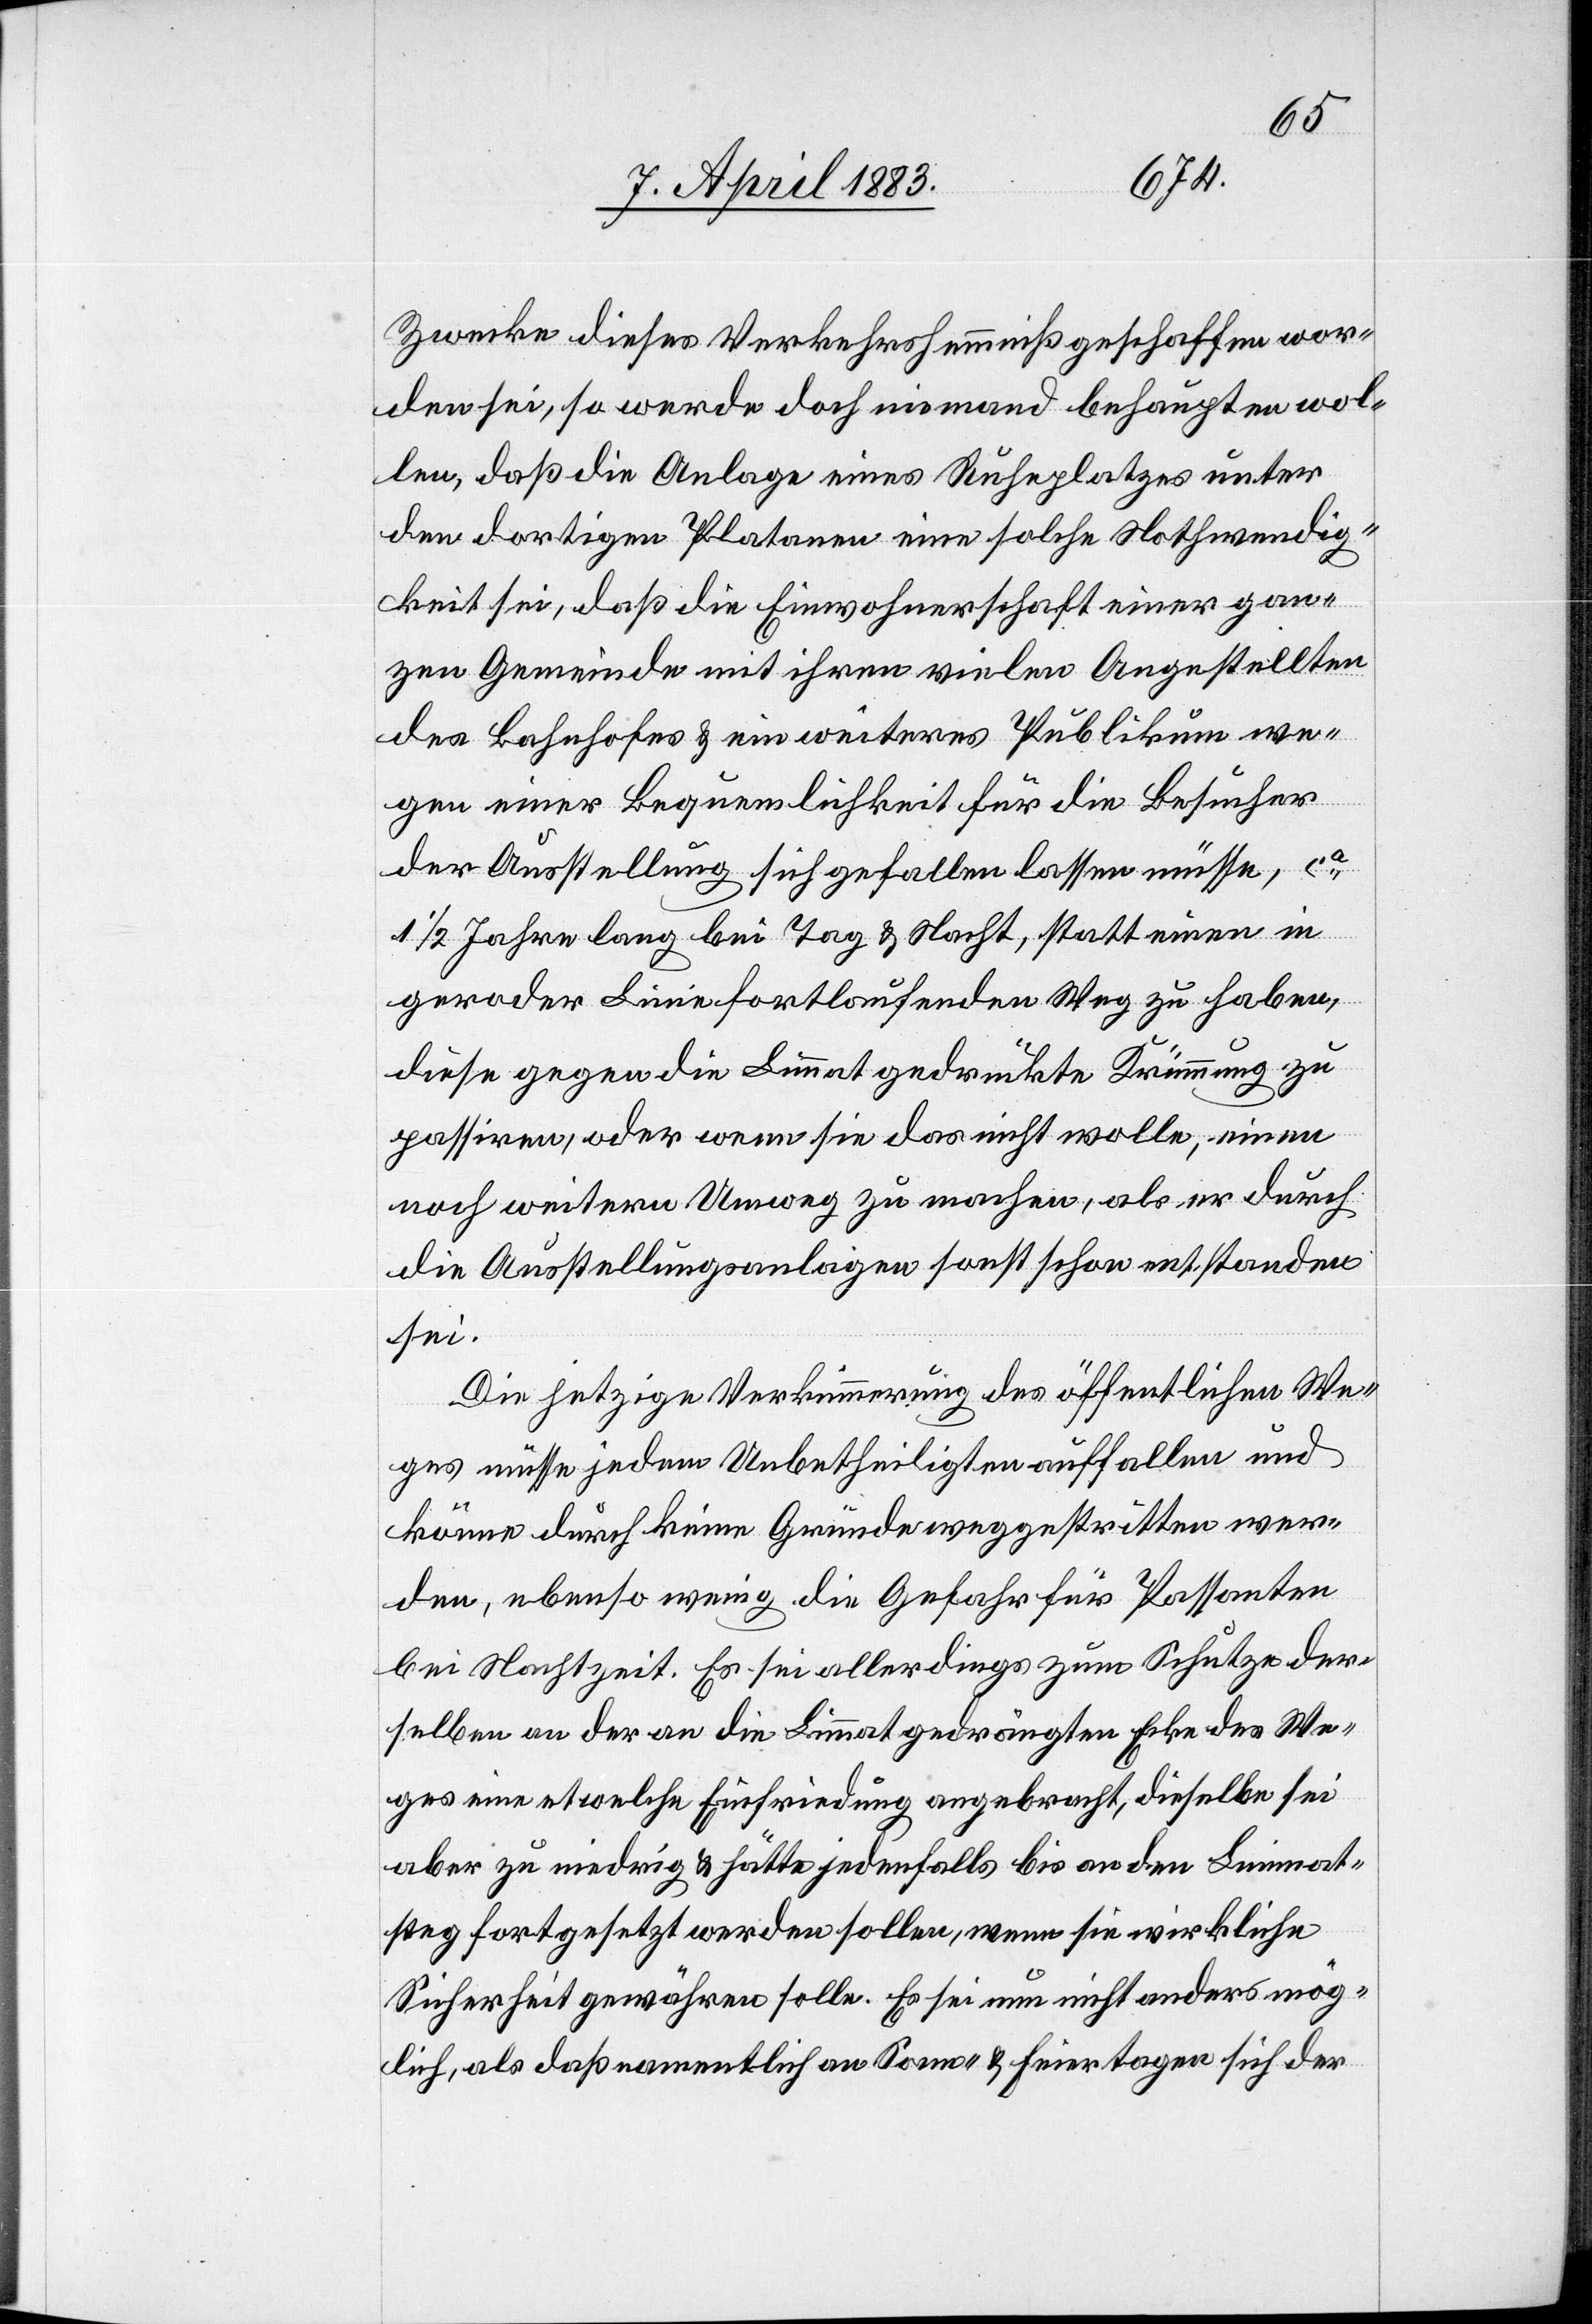
Zwecke dieses Verkehrshemmniß geschaffen wor¬
den sei, so werde doch niemand behaupten wol¬
len, daß die Anlage eines Ruheplatzes unter
den dortigen Platanen eine solche Nothwendig¬
keit sei, daß die Einwohnerschaft einer gan¬
zen Gemeinde mit ihren vielen Angestellten
des Bahnhofes & ein weiteres Publikum we¬
gen einer Bequemlichkeit für die Besucher
der Ausstellung sich gefallen lassen müsse, ca
1/2 Jahre lang bei Tag & Nacht, statt einen in
gerader Linie fortlaufenden Weg zu haben,
diese gegen die Limmat gedrückte Krümmung zu
passiren, oder wenn sie das nicht wolle, einen
noch weiteren Umweg zu machen, als er durch
die Ausstellungsanlagen sonst schon entstanden
sei.
Die jetzige Verkümmerung des öffentlichen We¬
ges müsse jedem Unbetheiligten auffallen und
könne durch keine Gründe weggestritten wer¬
den, ebenso wenig die Gefahr für die Passanten
bei Nachtzeit. Es sei allerdings zum Schutze der¬
selben an der an die Limmat gedrängten Ecke des We¬
ges eine etwelche Einfriedung angebracht, dieselbe sei
aber zu niedrig & hätte jedenfalls bis an den Limmat¬
steg fortgesetzt werden sollen, wenn sie wirkliche
Sicherheit gewähren solle. Es sei nun nicht anders mög¬
lich, als daß namentlich an Sonn- & Feiertagen sich der